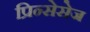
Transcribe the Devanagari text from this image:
प्रिन्सेसेज